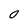
Character: 0